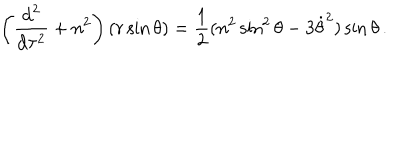
LaTeX: \left( { \frac { \mathrm { d } ^ { 2 } } { \mathrm { d } \tau ^ { 2 } } } + n ^ { 2 } \right) ( r \sin \theta ) = { \frac { 1 } { 2 } } ( n ^ { 2 } \sin ^ { 2 } \theta - 3 \dot { \theta } ^ { 2 } ) \sin \theta \, .